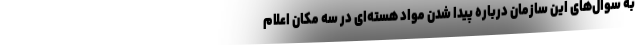
به سوال‌های این سازمان درباره پیدا شدن مواد هسته‌ای در سه مکان اعلام